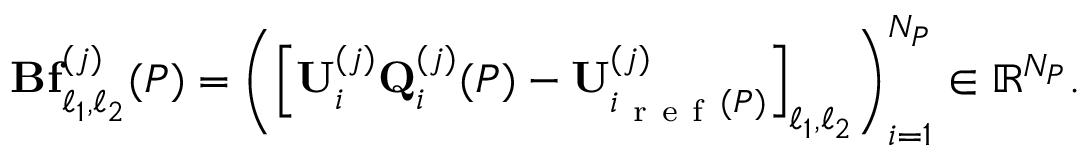
\mathbf { B } \mathbf { f } _ { \ell _ { 1 } , \ell _ { 2 } } ^ { ( j ) } ( P ) = \left( \left[ \mathbf { U } _ { i } ^ { ( j ) } \mathbf { Q } _ { i } ^ { ( j ) } ( P ) - \mathbf { U } _ { i _ { \mathrm { ~ r ~ e ~ f ~ } } ( P ) } ^ { ( j ) } \right] _ { \ell _ { 1 } , \ell _ { 2 } } \right) _ { i = 1 } ^ { N _ { P } } \in \mathbb { R } ^ { N _ { P } } .